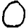
Digit: 0